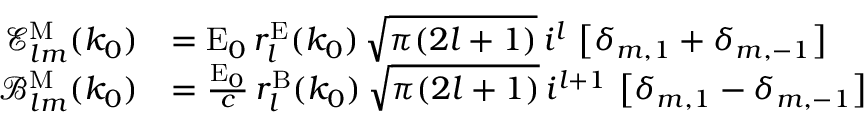
\begin{array} { r l } { \mathcal { E } _ { l m } ^ { \mathrm { M } } ( k _ { 0 } ) } & { = \mathrm { E } _ { 0 } \, r _ { l } ^ { \mathrm { E } } ( k _ { 0 } ) \, \sqrt { \pi ( 2 l + 1 ) } \, i ^ { l } \, \left[ \delta _ { m , 1 } + \delta _ { m , - 1 } \right] } \\ { \mathcal { B } _ { l m } ^ { \mathrm { M } } ( k _ { 0 } ) } & { = \frac { \mathrm { E } _ { 0 } } { c } \, r _ { l } ^ { \mathrm { B } } ( k _ { 0 } ) \, \sqrt { \pi ( 2 l + 1 ) } \, i ^ { l + 1 } \, \left[ \delta _ { m , 1 } - \delta _ { m , - 1 } \right] } \end{array}